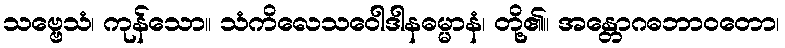
သဗ္ဗေသံ၊ ကုန်သော။ သံကိလေသဝေါဒါနဓမ္မာနံ၊ တို့၏။ အန္တောဂဓဘာဝတော၊